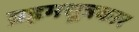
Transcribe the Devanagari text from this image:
ब्रह्रमसूत्रकार